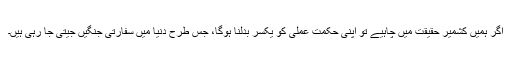
اگر ہمیں کشمیر حقیقت میں چاہیے تو اپنی حکمت عملی کو یکسر بدلنا ہوگا، جس طرح دنیا میں سفارتی جنگیں جیتی جا رہی ہیں۔